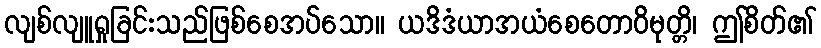
လျစ်လျူရှုခြင်းသည်ဖြစ်စေအပ်သော။ ယဒိဒံယာအယံစေတောဝိမုတ္တိ၊ ဤစိတ်၏